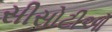
સીસોટીઓ